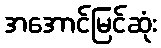
အအောင်မြင်ဆုံး